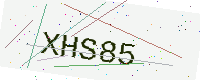
Text: XHS85